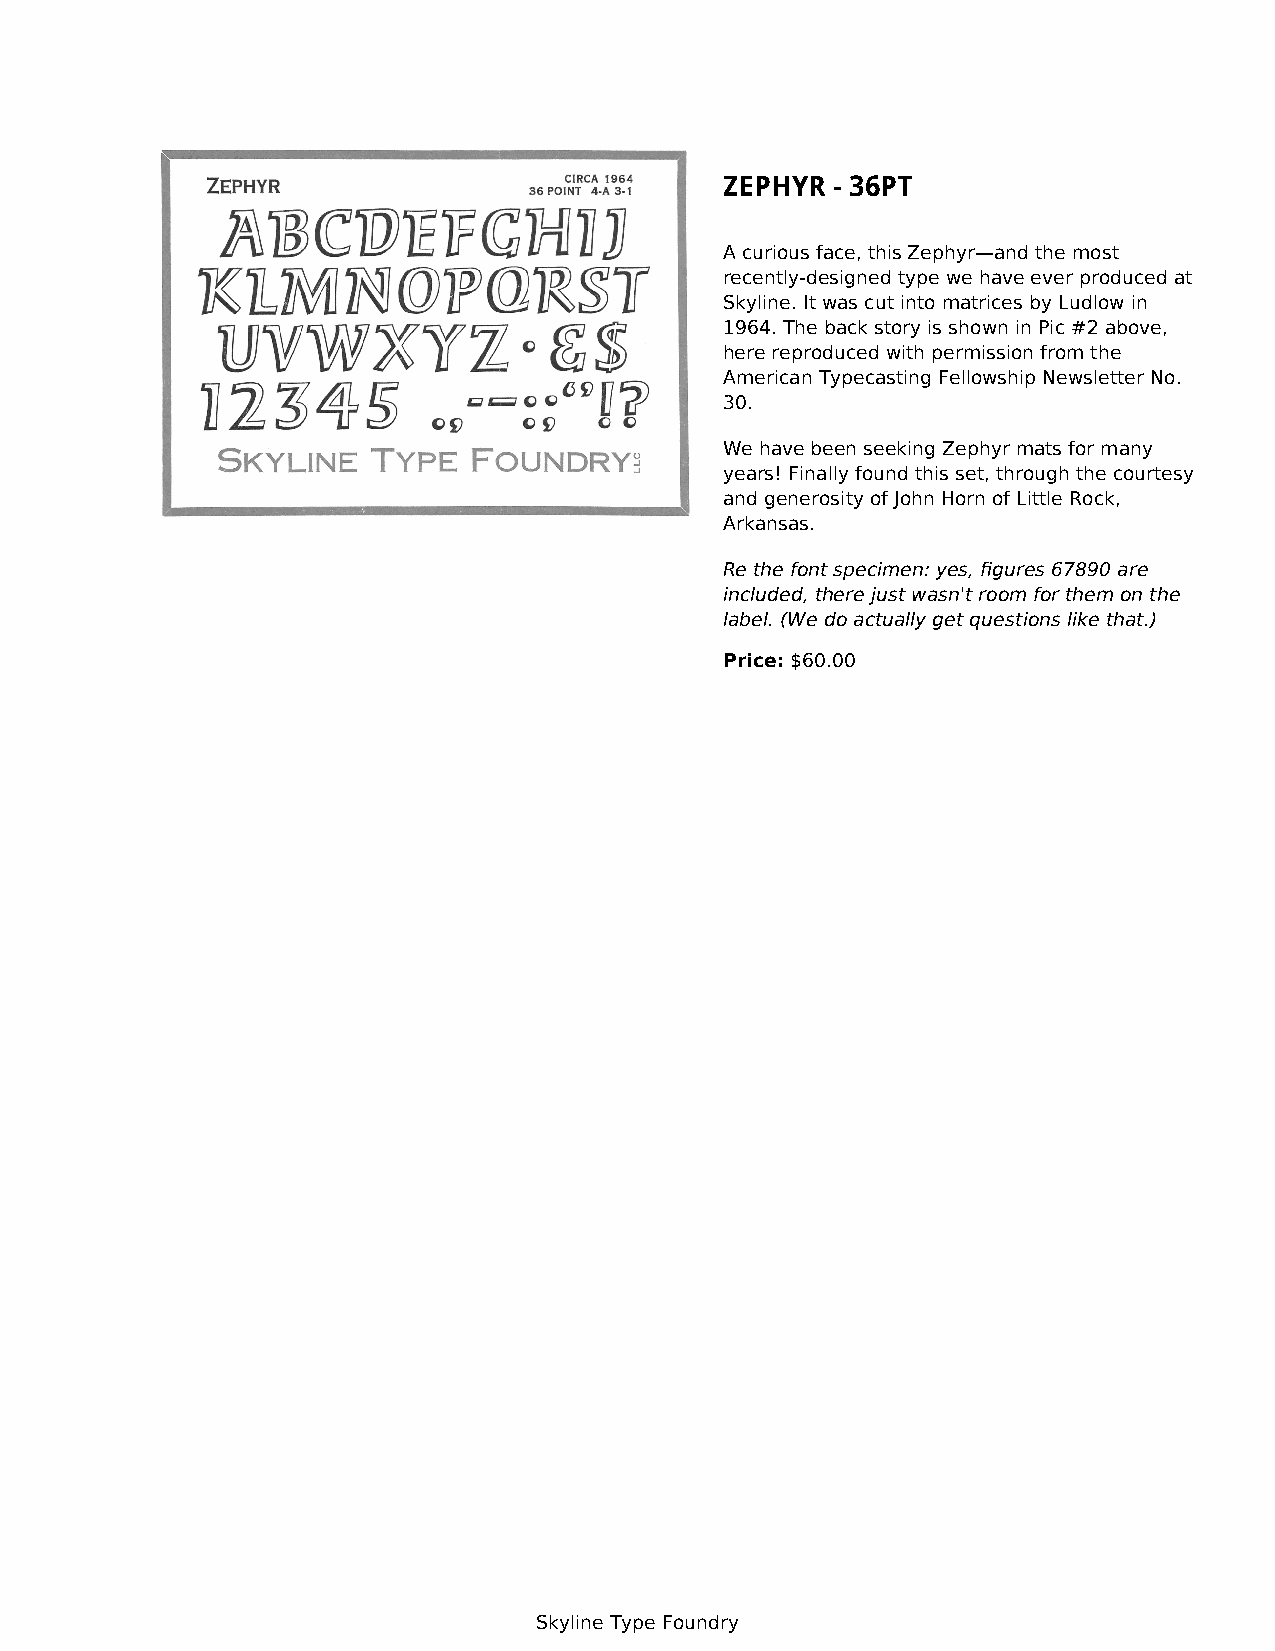
ZEPHYR - 36PT
 A curious face, this Zephyr—and the most
 recently-designed type we have ever produced at
 Skyline. It was cut into matrices by Ludlow in
 1964. The back story is shown in Pic #2 above,
 here reproduced with permission from the
 American Typecasting Fellowship Newsletter No.
 30.
 We have been seeking Zephyr mats for many
 years! Finally found this set, through the courtesy
 and generosity of John Horn of Little Rock,
 Arkansas.
 Re the font specimen: yes, figures 67890 are
 included, there just wasn't room for them on the
 label. (We do actually get questions like that.)
 Price: $60.00
 Skyline Type Foundry